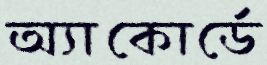
অ্যাকোর্ডে